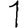
Digit: 1